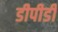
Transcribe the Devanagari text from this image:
डीपीडी